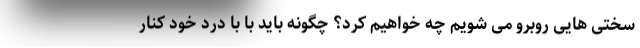
سختی هایی روبرو می شویم چه خواهیم کرد؟ چگونه باید با با درد خود کنار